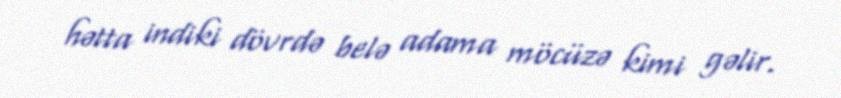
hətta indiki dövrdə belə adama möcüzə kimi gəlir.